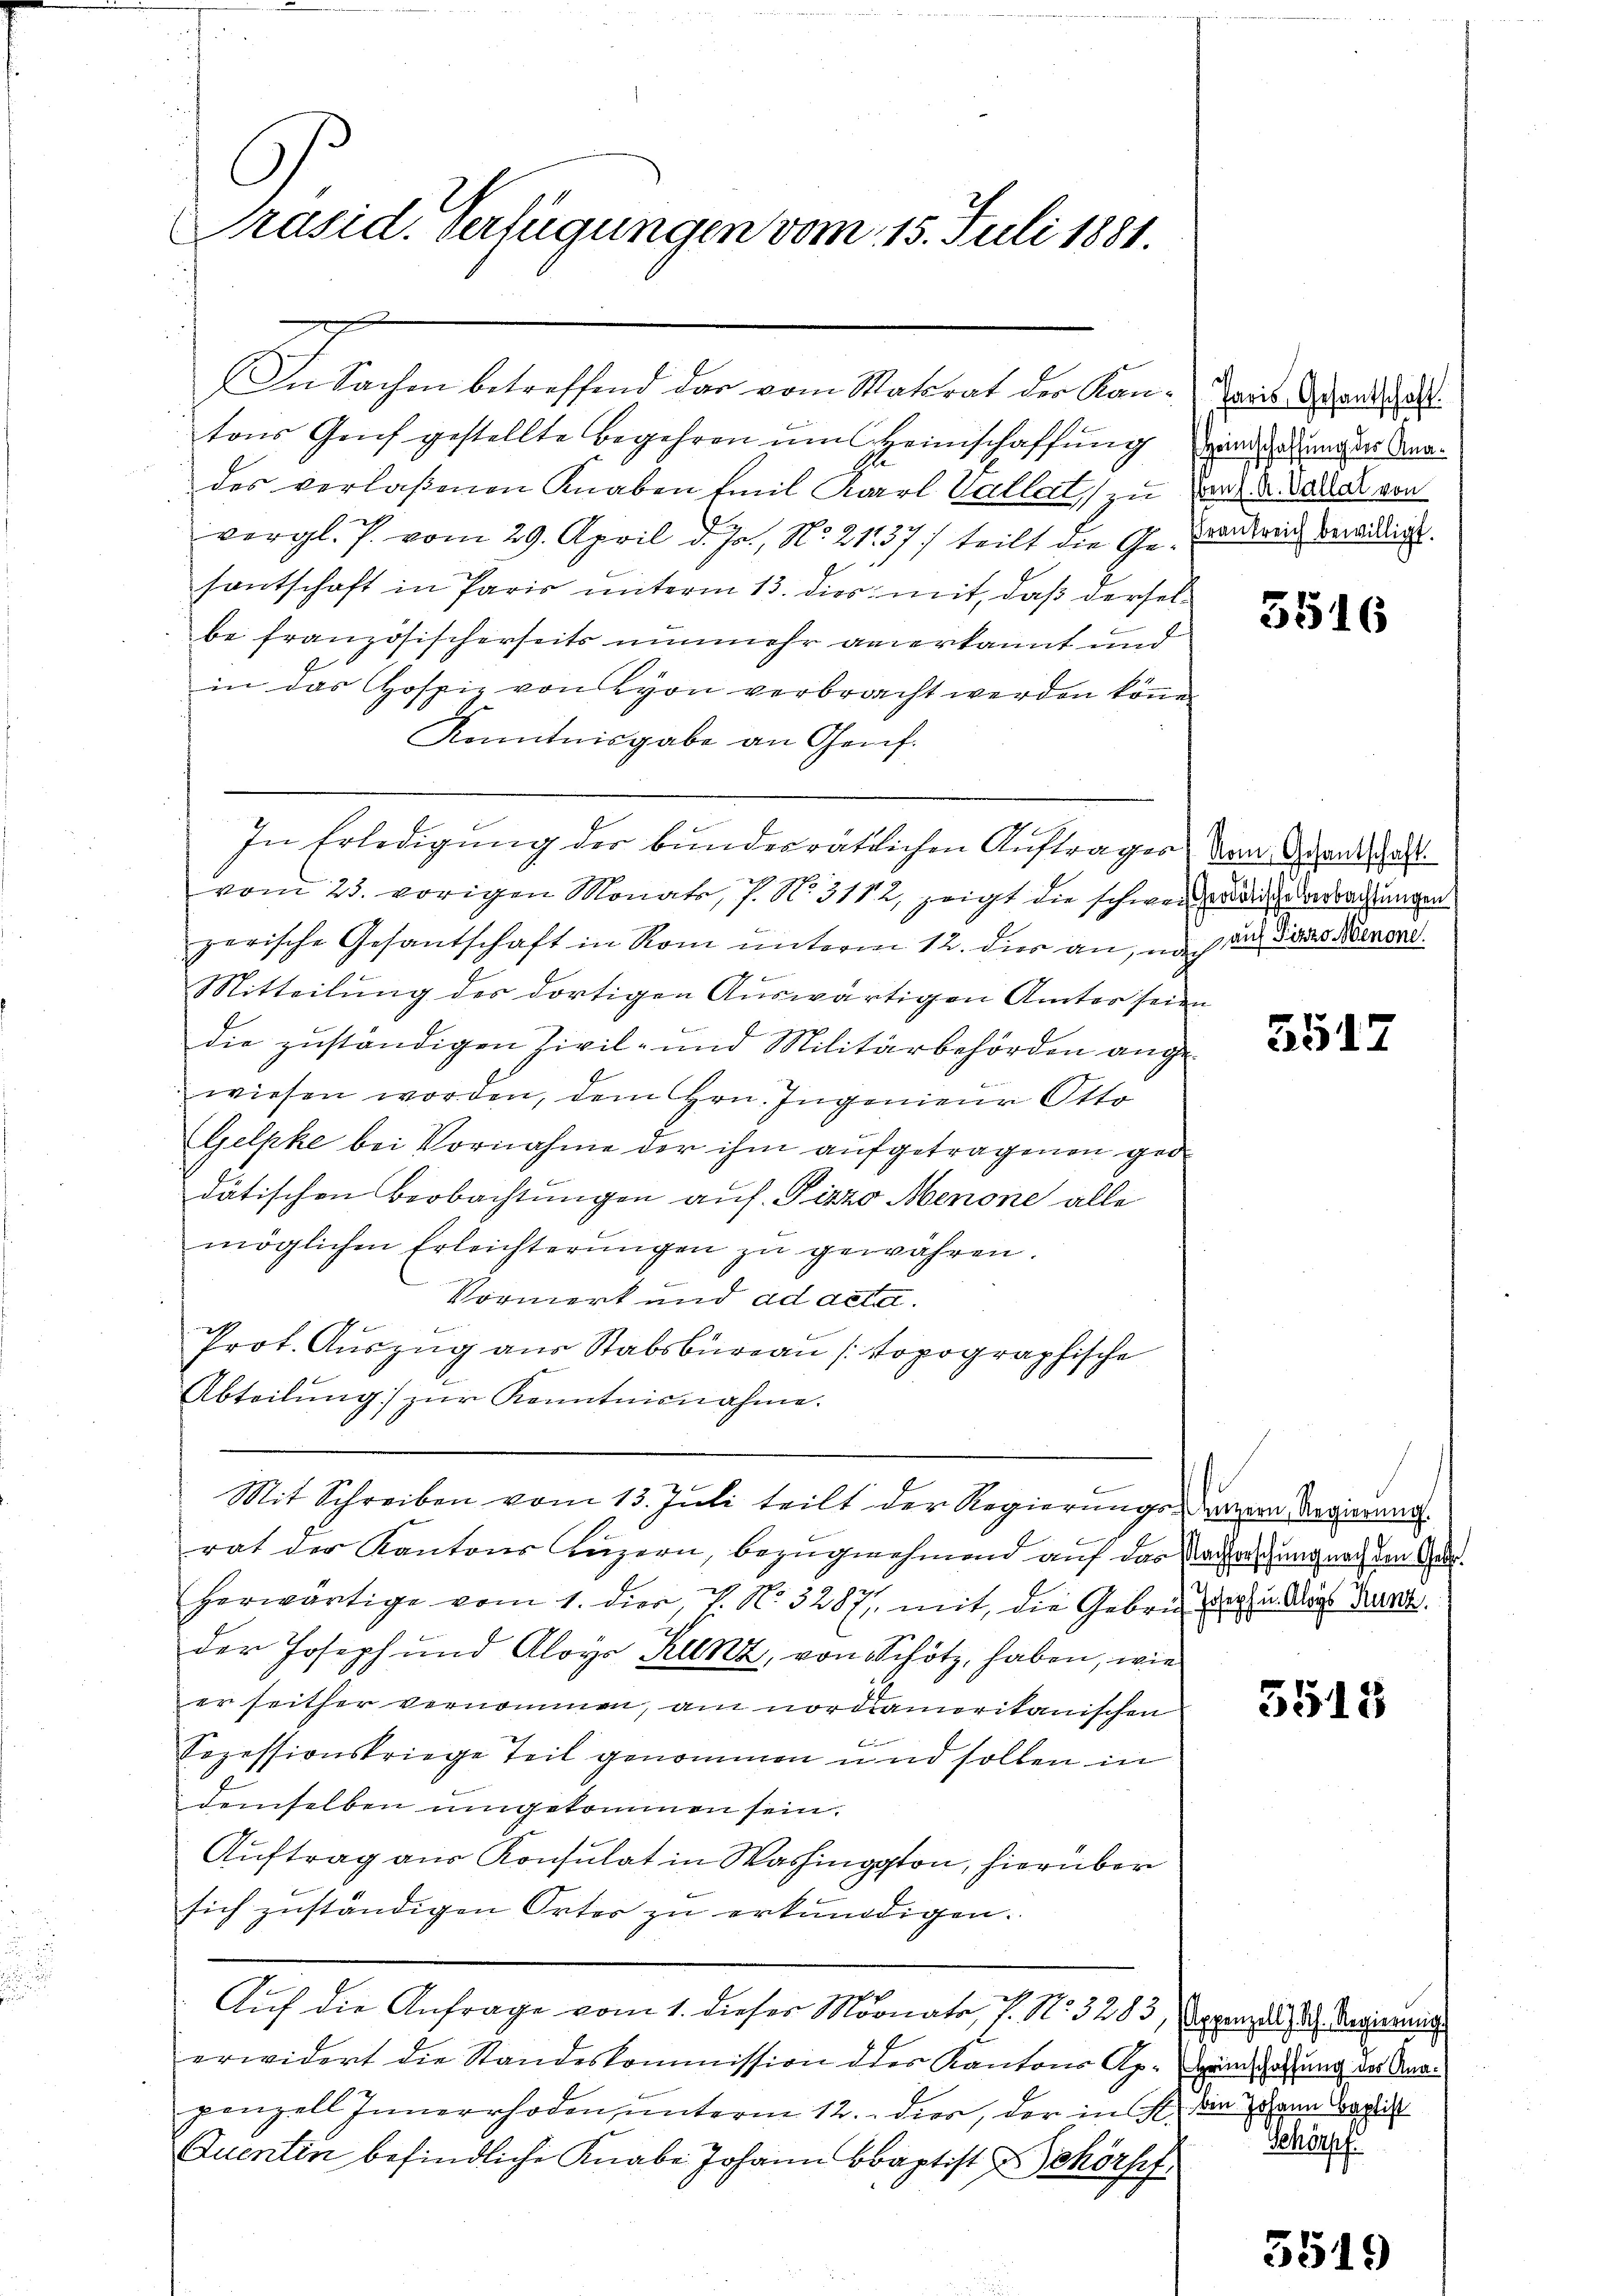
C
E
Präsid. Verfügungen vom 15. Juli 1881.

In Sachen betreffend das vom Statsrat der Kantons Genf gestellte Begehren ums Heimschaffung
des verlaßenen Knaben Emil Karl Pallat zu
vergl. J. vom 29. April d. Js., No 2137) teilt die Gesandtwing bewilligt.
santschaft in Paris unterm 13. dies mit, daß derselbe französischerseits nunmehr anerkannt und
in das Hospiz von Lyon verbracht werden könne.
Konntnisgabe an Genf.
In Erledigung der bundesrätlichen Auftragen von Grandsat
vom 23. vorigen Monats, s. No. 3112, zeigt die schwerzeiche verrachtungen
zerische Gesantschaft in Rom unterm 12. dies an, nach und Dans Minord
f
Mitteilung des dortigen Auswärtigen Ämter seien
die zuständigen Zivil- und Militärbehörden ange¬

wiesen worden, dem Hrn. Ingenieur Otto
Gelpke bei Vornahme der ihm aufgetragenen ged
dätischen Beobachtungen auf. Pizzo Menone alle
möglichen Erleichterungen zu gewähren.
Vormerk und ad acta.
Prot. Auszug aus Stabsbureau (topographische
Abteilung zur Kenntnisnahme.
Mit Schreiben vom 13. Juli teilt der Regierungs-Diazzen Regierung
rat der Kantons Luzern, bezugnehmend auf das Cachengung nach den Geherwärtige vom 1. dies, 7. No. 3287, mit, die Gebrüder u. Aus Grun
der Joseph und Aloys Kunz, von Schötz, haben, wie
er seither vernommen, am nordiamerikanischen
6
Sozessionskriege Teil genommen und sollen in
demselben umgekommen sein.
Auftrag aus Konsulat in Washington, hierüber
sich zuständigen Ortes zu erkundigen.
Auf die Anfrage vom 1. dieser Monate, s. No. 3283, Appenzels, d. h. Regierung
erwidert die Standeskommission des Kantons Ap. Dem Satzung des Anapenzell Innerrhoden unterm 12. dier, der in s. an dann Bogli
Quentin befindliche Knabe Johann Baptist Schörsef

Paris, Gesantschaft.
Heimschaffung des Kna¬
Ebens. A. Vallat von

5516

3517

5515

Schörpf.

5549